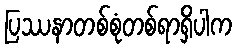
ပြဿနာတစ်စုံတစ်ရာရှိပါက